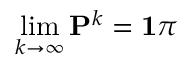
\operatorname* { l i m } _ { k \rightarrow \infty } \mathbf { P } ^ { k } = \mathbf { 1 } \pi